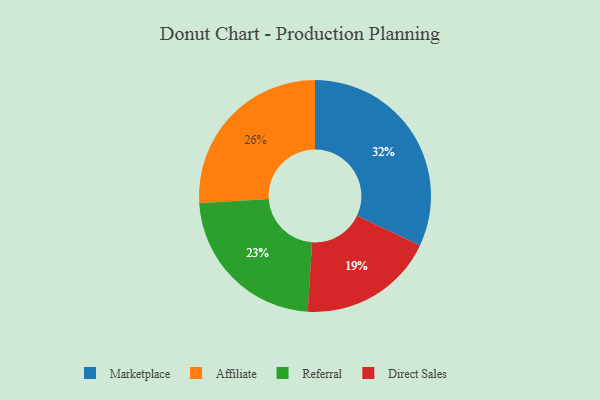
{"axis": {"x": "Category", "y": "Percentage"}, "legend": ["Affiliate", "Direct Sales", "Marketplace", "Referral"], "data": [{"x": "Affiliate", "y": 26, "type": "Affiliate"}, {"x": "Referral", "y": 23, "type": "Referral"}, {"x": "Direct Sales", "y": 19, "type": "Direct Sales"}, {"x": "Marketplace", "y": 32, "type": "Marketplace"}]}